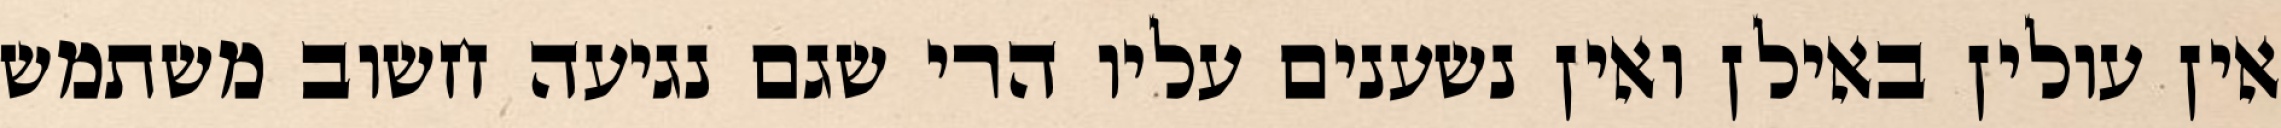
אין עולין באילן ואין נשענים עליו הרי שגם נגיעה חשוב משתמש